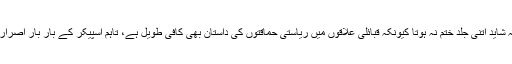
محسن داوڑ کی سپینے سپینے کا سلسلہ شاید اتنی جلد ختم نہ ہوتا کیونکہ قبائلی علاقوں میں ریاستی حماقتوں کی داستان بھی کافی طویل ہے، تاہم اسپیکر کے بار بار اصرار پر انہوں نے انہی باتوں پر اکتفاء کیا۔